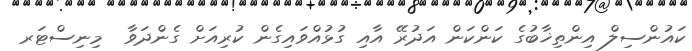
ކައުންސިލް އިންތިޚާބުގެ ކަންކަން އަދުރޭ އާއި ގުޅުއްވައިގެން ކުރިއަށް ގެންދަވާ  މިނިސްޓަރ